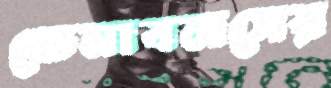
ভেনাবলসের